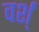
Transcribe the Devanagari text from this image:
वर्श्